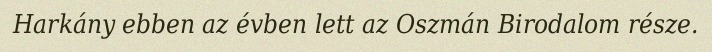
Harkány ebben az évben lett az Oszmán Birodalom része.